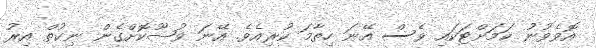
އޮވެވުނު ކަމަށްޓަކައި ވެސް އޭނަ ހިތާމަ ކުރިއެވެ. އޭނަ ވުޟޫކޮށްގެން ނިކުތް އިރު